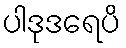
ပါဒုဒရေပိ